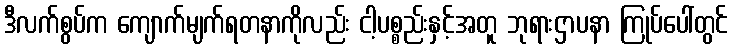
ဒီလက်စွပ်က ကျောက်မျက်ရတနာကိုလည်း ငါ့ပစ္စည်းနှင့်အတူ ဘုရားဌာပနာ ကြုပ်ပေါ်တွင်